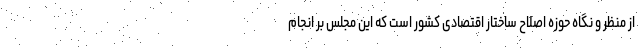
از منظر و نگاه حوزه اصلاح ساختار اقتصادی کشور است که این مجلس بر انجام